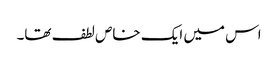
اس میں ایک خاص لطف تھا۔